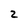
Character: 2